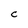
Character: C